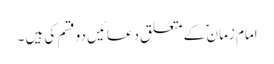
امام زمان ؑ کے متعلق دعائیں دو قسم کی ہیں ۔